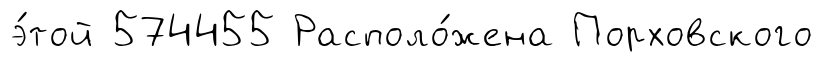
э́той 574455 Располо́жена Порховского